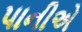
પાનીએ